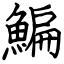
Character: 鯿